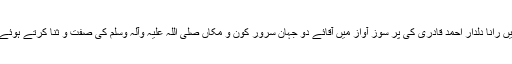
اور یہ تمام کیفیات ہمیں رانا دلدار احمد قادری کی پر سوز آواز میں آقائے دو جہان سرور کون و مکاں صلی اللہ علیہ وآلہ وسلم کی صفت و ثنا کرتے ہوئے محسوس ہوتی تھیں ۔